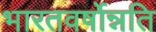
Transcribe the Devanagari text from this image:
भारतवर्षोन्नति